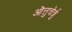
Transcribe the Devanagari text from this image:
ऒत्तुचेर्न्नु